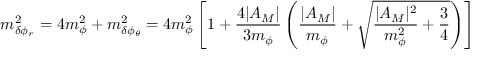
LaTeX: m _ { \delta \phi _ { r } } ^ { 2 } = 4 m _ { \phi } ^ { 2 } + m _ { \delta \phi _ { \theta } } ^ { 2 } = 4 m _ { \phi } ^ { 2 } \left[ 1 + \frac { 4 | A _ { M } | } { 3 m _ { \phi } } \left( \frac { | A _ { M } | } { m _ { \phi } } + \sqrt { \frac { | A _ { M } | ^ { 2 } } { m _ { \phi } ^ { 2 } } + \frac { 3 } { 4 } } \right) \right]